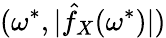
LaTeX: (\omega^{\ast},|\hat{f}_{X}(\omega^{\ast})|)